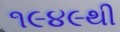
૧૯૪૯થી